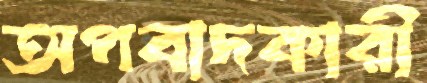
অপবাদকারী